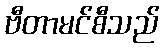
ဗီတာမင်စီသည်